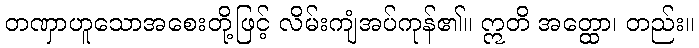
တဏှာဟူသောအစေးတို့ဖြင့် လိမ်းကျံအပ်ကုန်၏။ ဣတိ အတ္ထော၊ တည်း။